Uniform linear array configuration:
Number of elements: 4
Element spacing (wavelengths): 0.75
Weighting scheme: hann
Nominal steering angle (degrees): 45
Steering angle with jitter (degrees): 44.922
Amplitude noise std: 0.05
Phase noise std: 0.05

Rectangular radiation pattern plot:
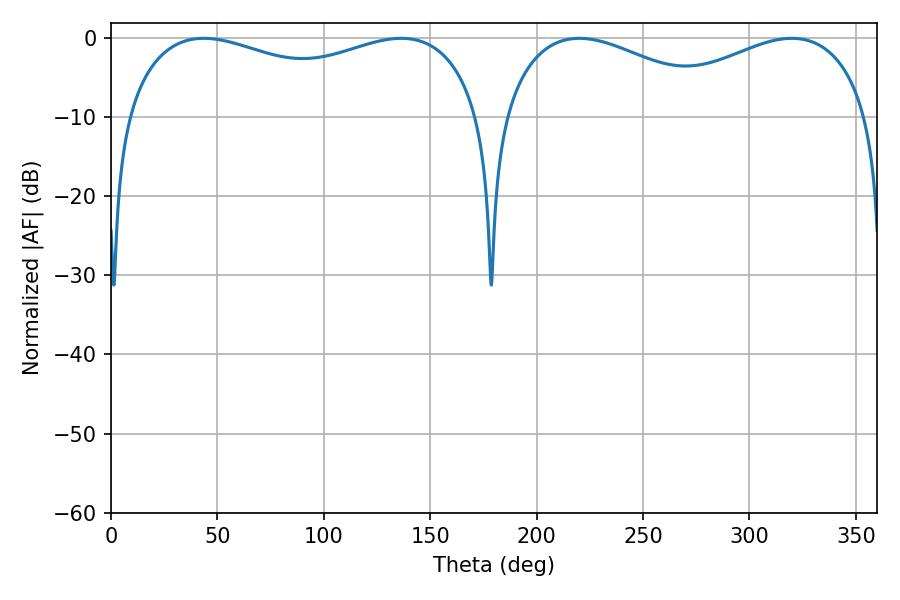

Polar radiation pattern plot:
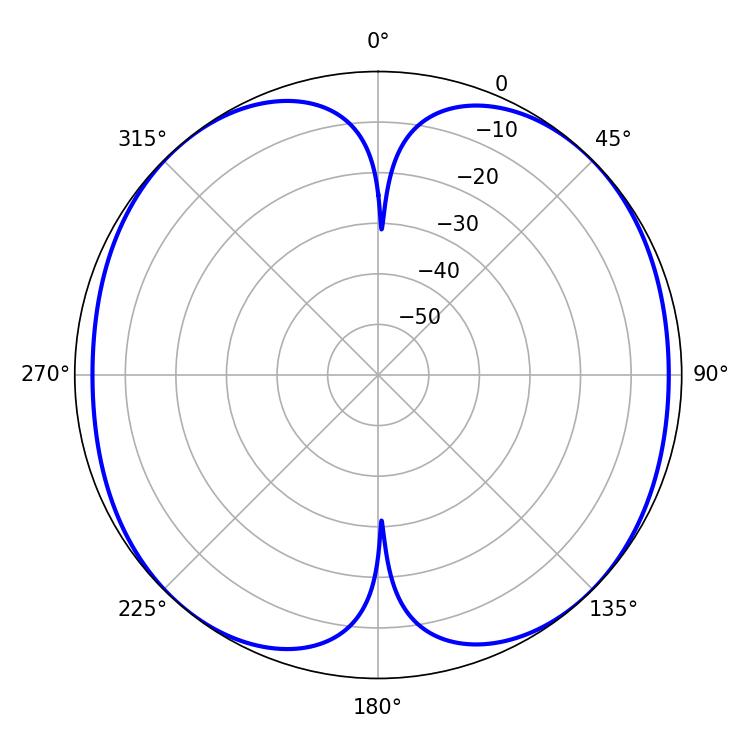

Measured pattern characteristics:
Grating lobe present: TRUE
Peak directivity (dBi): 13.194
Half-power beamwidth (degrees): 138.24
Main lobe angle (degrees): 43.56